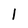
Character: 1